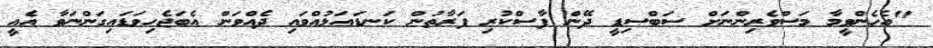
"އެހެންވީމާ މަސްވެރިންނަށް ސަބްސިޑީ ދޭން ފާސްކުރި ފަރާތުން ކަނޑައަޅުއްވައި ދެއްވަން އެބަޖެހިވަޑައިގަންނަވާ އެއީ